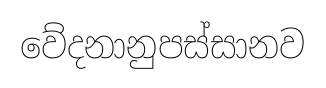
වේදනානුපස්සානව